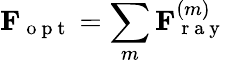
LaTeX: \mathbf{F}_{\mathrm{~o~p~t~}}=\sum_{m}\mathbf{F}_{\mathrm{~r~a~y~}}^{(m)}